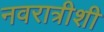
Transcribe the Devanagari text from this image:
नवरात्रीशी